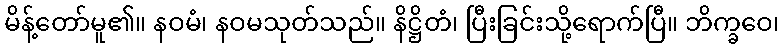
မိန့်တော်မူ၏။ နဝမံ၊ နဝမသုတ်သည်။ နိဋ္ဌိတံ၊ ပြီးခြင်းသို့ရောက်ပြီ။ ဘိက္ခဝေ၊